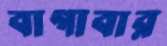
বাগাবার